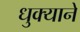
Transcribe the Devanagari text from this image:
धुक्याने